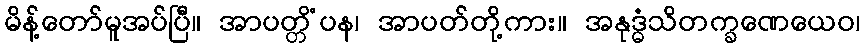
မိန့်တော်မူအပ်ပြီ။ အာပတ္တိံပန၊ အာပတ်တို့ကား။ အနုဒ္ဓံသိတက္ခဏေယေဝ၊